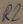
Text: R2